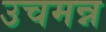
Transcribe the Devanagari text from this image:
उचमन्न